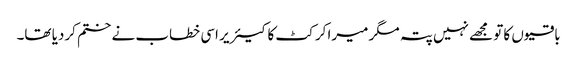
باقیوں کا تو مجھے نہیں پتہ مگر میرا کرکٹ کا کیئر یر اسی خطاب نے ختم کردیا تھا۔